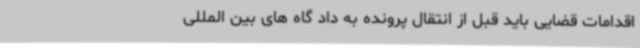
اقدامات قضایی باید قبل از انتقال پرونده به داد گاه های بین المللی